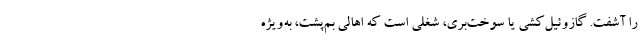
را آشفت. گازوئیل‌کشی یا سوخت‌بری، شغلی است که اهالی بم‌پشت، به‌ویژه